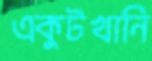
একুটখানি